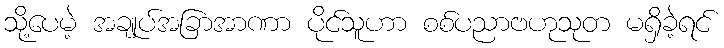
သို့ပေမဲ့ အချုပ်အခြာအာဏာ ပိုင်သူဟာ စစ်ပညာဗဟုသုတ မရှိခဲ့ရင်